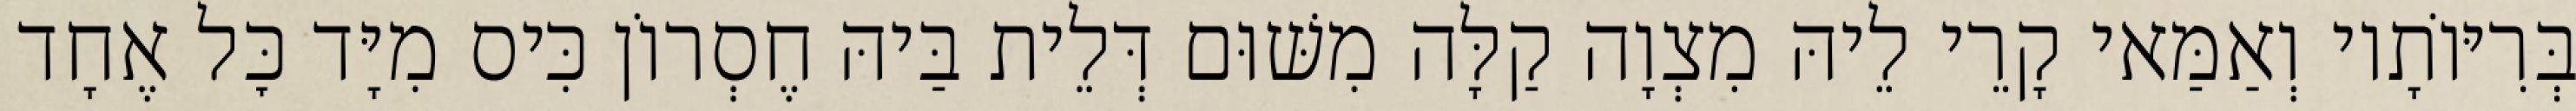
בְּרִיּוֹתָיו וְאַמַּאי קָרֵי לֵיהּ מִצְוָה קַלָּה מִשּׁוּם דְּלֵית בַּיהּ חֶסְרוֹן כִּיס מִיָּד כׇּל אֶחָד